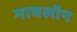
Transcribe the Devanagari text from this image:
मायलॉन